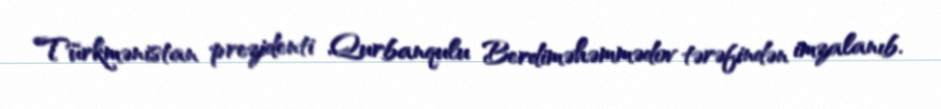
Türkmənistan prezidenti Qurbanqulu Berdiməhəmmədov tərəfindən imzalanıb.